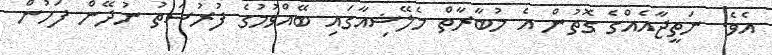
އެވެ. ނަތީޖާއެއްގެ ގޮތުން އެ މުބާރާތް މެލޭޝިއާގައި ބޭއްވުމުގެ ފުރުސަތު ނުދޭން ފަހުން